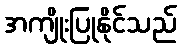
အကျိုးပြုနိုင်သည်